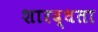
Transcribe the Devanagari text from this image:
शारद्धता